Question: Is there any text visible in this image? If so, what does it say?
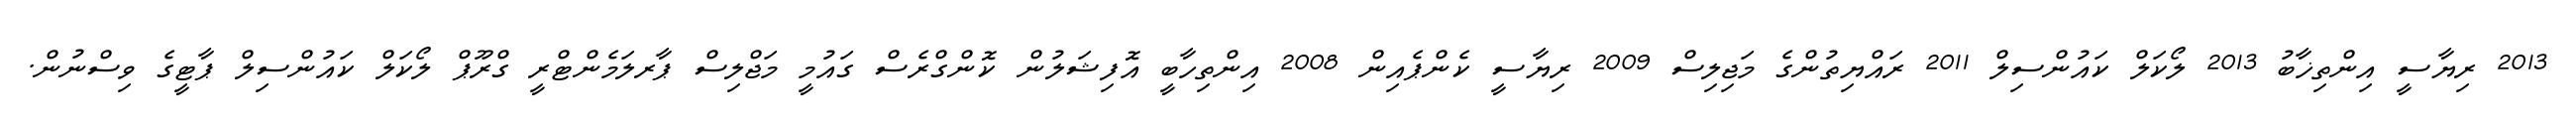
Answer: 2013 ރިޔާސީ އިންތިޚާބު 2013 ލޯކަލް ކައުންސިލް 2011 ރައްޔިތުންގެ މަޖިލިސް 2009 ރިޔާސީ ކެންޕެއިން 2008 އިންތިހާބީ އޮފިޝަލުން ކޮންގްރެސް ގައުމީ މަޖްލިސް ޕާރލަމެންޓްރީ ގްރޫޕް ލޯކަލް ކައުންސިލް ޕާޓީގެ ވިސްނުން.